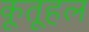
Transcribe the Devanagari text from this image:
कूतूहल